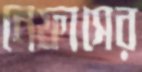
নেফাসের